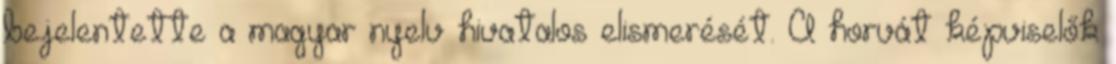
bejelentette a magyar nyelv hivatalos elismerését. A horvát képviselők